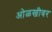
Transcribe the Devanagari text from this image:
ओळखीवर